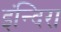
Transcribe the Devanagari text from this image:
इंन्दिरा